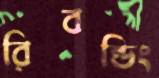
রিবন্ডিং